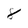
Character: 8